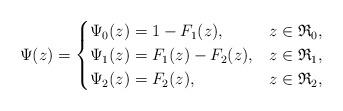
LaTeX: \begin{align*} \Psi(z) = \begin{cases}\Psi_0(z) = 1 - F_1(z), & z \in \mathfrak{R}_0, \\\Psi_1(z) = F_1(z) - F_2(z), & z \in \mathfrak{R}_1, \\\Psi_2(z) = F_2(z), & z \in \mathfrak{R}_2, \end{cases} \end{align*}